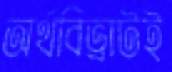
অর্থবিভ্রাটই